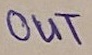
Text: OUT